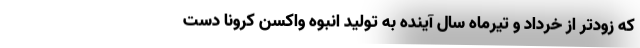
که زودتر از خرداد و تیرماه سال آینده به تولید انبوه واکسن کرونا دست